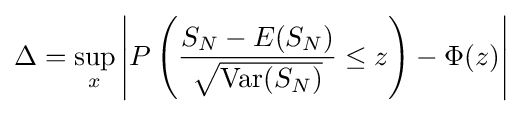
\Delta =\sup _{x}\left|P\left({\frac {S_{N}-E(S_{N})}{\sqrt {\operatorname {Var} (S_{N})}}}\leq z\right)-\Phi (z)\right|